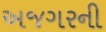
અજગરની